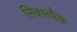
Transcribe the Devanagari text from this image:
सिक्सपैक